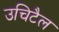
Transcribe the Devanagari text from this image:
उचिटैल